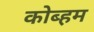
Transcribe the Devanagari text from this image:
कोब्हम